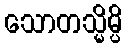
သောတသ္မိမ္ပိ